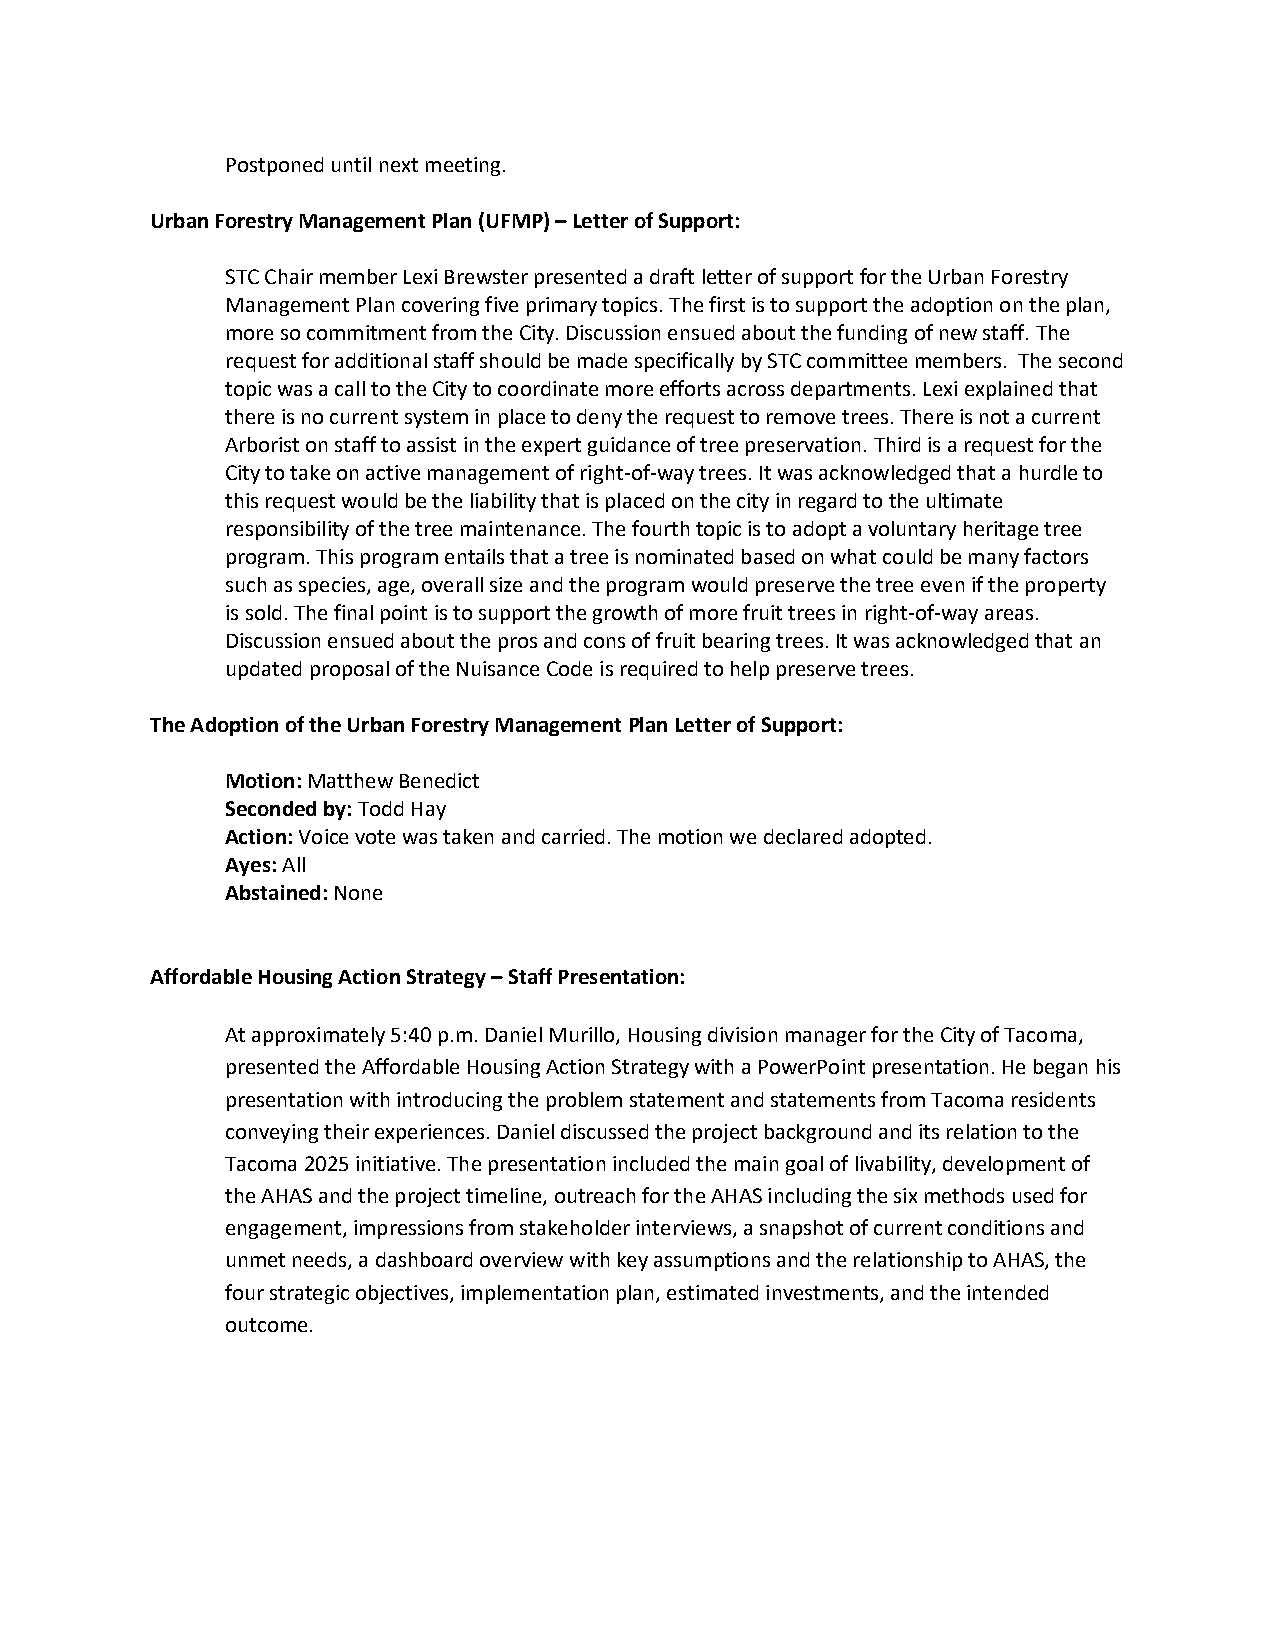
Postponed until next meeting.
 Urban Forestry Management Plan (UFMP) – Letter of Support:
 STC Chair member Lexi Brewster presented a draft letter of support for the Urban Forestry
 Management Plan covering five primary topics. The first is to support the adoption on the plan,
 more so commitment from the City. Discussion ensued about the funding of new staff. The
 request for additional staff should be made specifically by STC committee members. The second
 topic was a call to the City to coordinate more efforts across departments. Lexi explained that
 there is no current system in place to deny the request to remove trees. There is not a current
 Arborist on staff to assist in the expert guidance of tree preservation. Third is a request for the
 City to take on active management of right-of-way trees. It was acknowledged that a hurdle to
 this request would be the liability that is placed on the city in regard to the ultimate
 responsibility of the tree maintenance. The fourth topic is to adopt a voluntary heritage tree
 program. This program entails that a tree is nominated based on what could be many factors
 such as species, age, overall size and the program would preserve the tree even if the property
 is sold. The final point is to support the growth of more fruit trees in right-of-way areas.
 Discussion ensued about the pros and cons of fruit bearing trees. It was acknowledged that an
 updated proposal of the Nuisance Code is required to help preserve trees.
 The Adoption of the Urban Forestry Management Plan Letter of Support:
 Motion: Matthew Benedict
 Seconded by: Todd Hay
 Action: Voice vote was taken and carried. The motion we declared adopted.
 Ayes: All
 Abstained: None
 Affordable Housing Action Strategy – Staff Presentation:
 At approximately 5:40 p.m. Daniel Murillo, Housing division manager for the City of Tacoma,
 presented the Affordable Housing Action Strategy with a PowerPoint presentation. He began his
 presentation with introducing the problem statement and statements from Tacoma residents
 conveying their experiences. Daniel discussed the project background and its relation to the
 Tacoma 2025 initiative. The presentation included the main goal of livability, development of
 the AHAS and the project timeline, outreach for the AHAS including the six methods used for
 engagement, impressions from stakeholder interviews, a snapshot of current conditions and
 unmet needs, a dashboard overview with key assumptions and the relationship to AHAS, the
 four strategic objectives, implementation plan, estimated investments, and the intended
 outcome.